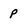
Character: p